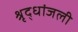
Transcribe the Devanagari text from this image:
श्रृद्धांजली